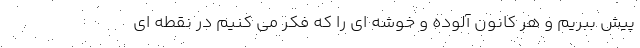
پیش ببریم و هر کانون آلوده و خوشه ای را که فکر می کنیم در نقطه ای